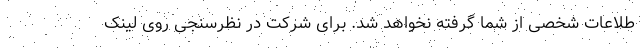
طلاعات شخصی از شما گرفته نخواهد شد. برای شرکت در نظرسنجی روی لینک